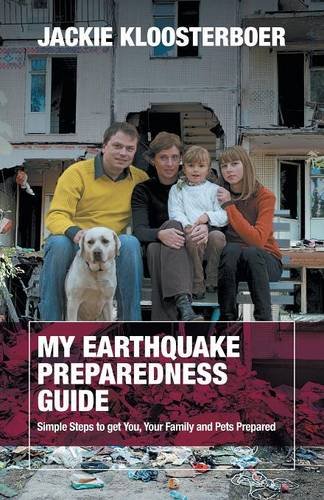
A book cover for My Earthquake Preparedness Guide: Simple Steps to Get You, Your Family and Your Pets Prepared; Jackie Kloosterboer; Science & Math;